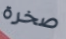
صخرة